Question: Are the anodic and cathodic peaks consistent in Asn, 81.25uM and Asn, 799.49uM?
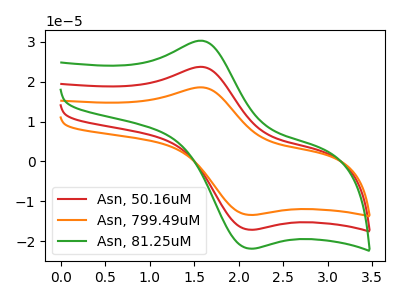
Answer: <think>The red curve "Asn, 50.16uM" has an anodic peak at (1.60V, 23.75uA) and a cathodic peak at (2.10V, -17.10uA). The orange curve "Asn, 799.49uM" has an anodic peak at (1.60V, 47.50uA) and a cathodic peak at (2.10V, -34.25uA). The green curve "Asn, 81.25uM" has an anodic peak at (1.60V, 30.30uA) and a cathodic peak at (2.10V, -21.85uA).</think>
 <answer>Yes, "Asn, 81.25uM" have a peak in "Asn, 799.49uM" at the same potential.</answer>
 <eval>match</eval>